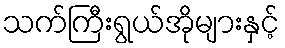
သက်ကြီးရွယ်အိုများနှင့်